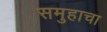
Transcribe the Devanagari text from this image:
समुहाचा